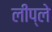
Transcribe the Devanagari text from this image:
लीप्ले